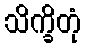
သိက္ခိတုံ